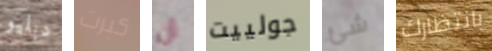
دبليو كبرت أن جولييت شئ بانتظارك